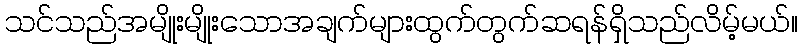
သင်သည်အမျိုးမျိုးသောအချက်များထွက်တွက်ဆရန်ရှိသည်လိမ့်မယ်။